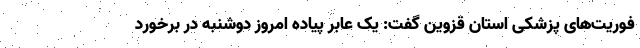
فوریت‌های پزشکی استان قزوین گفت: یک عابر پیاده امروز دوشنبه در برخورد